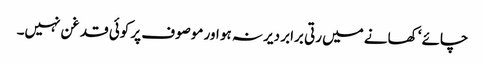
چائے ‘ کھانے میں رتی برابر دیر نہ ہو اور موصوف پر کوئی قدغن نہیں۔